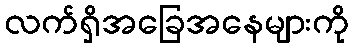
လက်ရှိအခြေအနေများကို